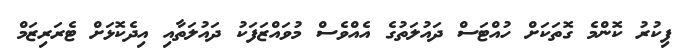
ފިކުރު ކޮންމެ ގޮތަކަށް ހުއްޓަސް ދައުލަތުގެ އެއްވެސް މުވައްޒަފަކު ދައުލަތާއި އިދެކޮޅަށް ޓެރަރިޒަމް